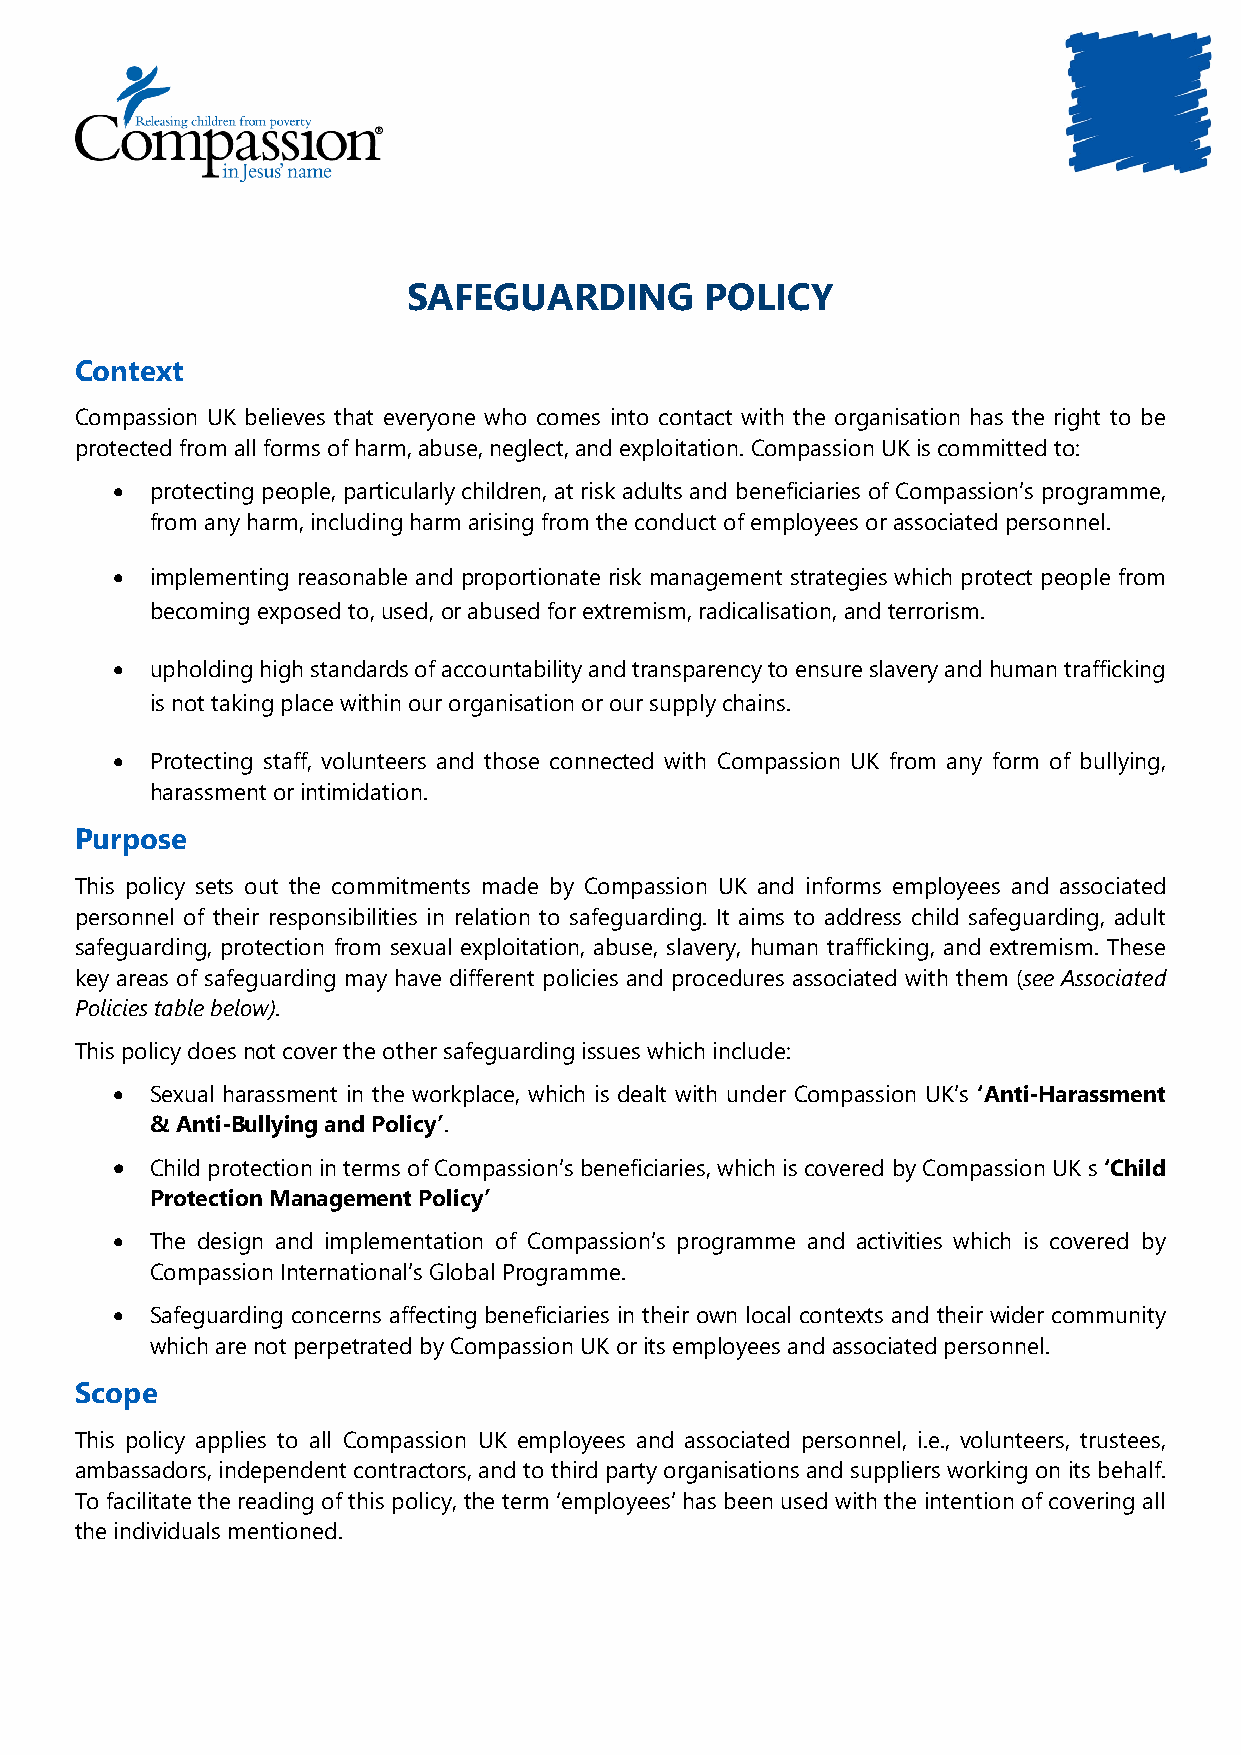
SAFEGUARDING        POLICY
 Context
 Compassion UK believes that everyone who comes into contact with the organisation has the right to be
 protected from all forms of harm, abuse, neglect, and exploitation. Compassion UK is committed to:
 •  protecting people, particularly children, at risk adults and beneficiaries of Compassion’s programme,
 from any harm, including harm arising from the conduct of employees or associated personnel.
 •  implementing reasonable and proportionate risk management strategies which protect people from
 becoming exposed to, used, or abused for extremism, radicalisation, and terrorism.
 •  upholding high standards of accountability and transparency to ensure slavery and human trafficking
 is not taking place within our organisation or our supply chains.
 •  Protecting staff, volunteers and those connected with Compassion UK from any form of bullying,
 harassment or intimidation.
 Purpose
 This policy sets out the commitments made by Compassion UK and informs employees and associated
 personnel of their responsibilities in relation to safeguarding. It aims to address child safeguarding, adult
 safeguarding, protection from sexual exploitation, abuse, slavery, human trafficking, and extremism. These
 key areas of safeguarding may have different policies and procedures associated with them (see Associated
 Policies table below).
 This policy does not cover the other safeguarding issues which include:
 •  Sexual harassment in the workplace, which is dealt with under Compassion UK’s ‘Anti-Harassment
 & Anti-Bullying and Policy’.
 •  Child protection in terms of Compassion’s beneficiaries, which is covered by Compassion UK s ‘Child
 Protection Management Policy’
 •  The design and implementation of Compassion’s programme and activities which is covered by
 Compassion International’s Global Programme.
 •  Safeguarding concerns affecting beneficiaries in their own local contexts and their wider community
 which are not perpetrated by Compassion UK or its employees and associated personnel.
 Scope
 This policy applies to all Compassion UK employees and associated personnel, i.e., volunteers, trustees,
 ambassadors, independent contractors, and to third party organisations and suppliers working on its behalf.
 To facilitate the reading of this policy, the term ‘employees’ has been used with the intention of covering all
 the individuals mentioned.